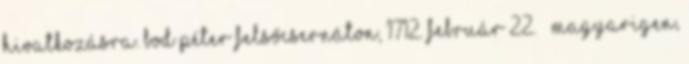
hivatkozásra. Bod Péter Felsőcsernáton, 1712. február 22. – Magyarigen,